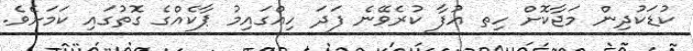
ކުޑަކުދިން މަޖާކޮށް ހިތ އުފާ ކުރެވޭނެ ފަދަ ހިއްގައިމު ޕާކެއްގެ ގޮތުގައި ކަމަށެވެ.